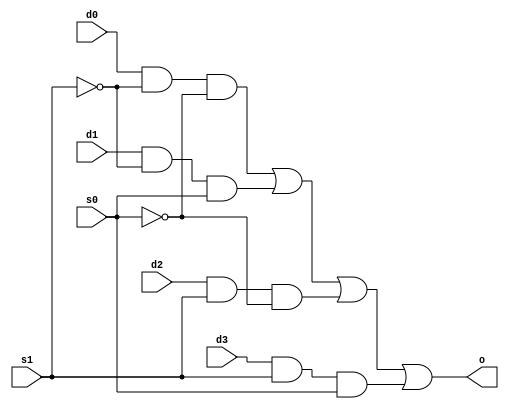
// Edward Prokopik

module MuxMod( s1, s0, d0, d1, d2, d3, o);
    input s1, s0, d0, d1, d2, d3;
    output o;

    wire s1_inv, s0_inv, and0, and1, and2, and3;

    not(s1_inv, s1);
    not(s0_inv, s0);
    and(and0, d0, s1_inv, s0_inv);
    and(and1, d1, s1_inv, s0);
    and(and2, d2, s1, s0_inv);
    and(and3, d3, s1, s0);
    or(o, and0, and1, and2, and3);

endmodule

module TestMod;

   reg s1, s0, d0, d1, d2, d3;       
   wire o;                          

   MuxMod mux_n_mod (s1, s0, d0, d1, d2, d3, o); 

   initial begin
      $monitor("%0d\t%b\t%b\t%b\t%b\t%b\t%b\t%b", $time, s1, s0, d0, d1, d2, d3, o);
      $display("Time\ts1\ts0\td0\td1\td1\td1\to");
      $display("-----------------------------------------------------------------");
   end

   initial begin
      s1 = 0; s0 = 0; d0 = 0; d1 = 0; d2 = 0; d3 = 0;
      #1;
      s1 = 0; s0 = 0; d0 = 0; d1 = 0; d2 = 0; d3 = 1;
      #1;
      s1 = 0; s0 = 0; d0 = 0; d1 = 0; d2 = 1; d3 = 0;
      #1;
      s1 = 0; s0 = 0; d0 = 0; d1 = 0; d2 = 1; d3 = 1;
      #1;
      s1 = 0; s0 = 0; d0 = 0; d1 = 1; d2 = 0; d3 = 0;
      #1;
      s1 = 0; s0 = 0; d0 = 0; d1 = 1; d2 = 0; d3 = 1;
      #1;
      s1 = 0; s0 = 0; d0 = 0; d1 = 1; d2 = 1; d3 = 0;
      #1;
      s1 = 0; s0 = 0; d0 = 0; d1 = 1; d2 = 1; d3 = 1;
      #1;
      s1 = 0; s0 = 0; d0 = 1; d1 = 0; d2 = 0; d3 = 0;
      #1;
      s1 = 0; s0 = 0; d0 = 1; d1 = 0; d2 = 0; d3 = 1;
      #1;
      s1 = 0; s0 = 0; d0 = 1; d1 = 0; d2 = 1; d3 = 0;
      #1;
      s1 = 0; s0 = 0; d0 = 1; d1 = 0; d2 = 1; d3 = 1;
      #1;
      s1 = 0; s0 = 0; d0 = 1; d1 = 1; d2 = 0; d3 = 0;
      #1;
      s1 = 0; s0 = 0; d0 = 1; d1 = 1; d2 = 0; d3 = 1;
      #1;
      s1 = 0; s0 = 0; d0 = 1; d1 = 1; d2 = 1; d3 = 0;
      #1;
      s1 = 0; s0 = 0; d0 = 1; d1 = 1; d2 = 1; d3 = 1;
      #1;
      s1 = 0; s0 = 1; d0 = 0; d1 = 0; d2 = 0; d3 = 0;
      #1;
      s1 = 0; s0 = 1; d0 = 0; d1 = 0; d2 = 0; d3 = 1;
      #1;
      s1 = 0; s0 = 1; d0 = 0; d1 = 0; d2 = 1; d3 = 0;
      #1;
      s1 = 0; s0 = 1; d0 = 0; d1 = 0; d2 = 1; d3 = 1;
      #1;
      s1 = 0; s0 = 1; d0 = 0; d1 = 1; d2 = 0; d3 = 0;
      #1;
      s1 = 0; s0 = 1; d0 = 0; d1 = 1; d2 = 0; d3 = 1;
      #1;
      s1 = 0; s0 = 1; d0 = 0; d1 = 1; d2 = 1; d3 = 0;
      #1;
      s1 = 0; s0 = 1; d0 = 0; d1 = 1; d2 = 1; d3 = 1;
      #1;
      s1 = 0; s0 = 1; d0 = 1; d1 = 0; d2 = 0; d3 = 0;
      #1;
      s1 = 0; s0 = 1; d0 = 1; d1 = 0; d2 = 0; d3 = 1;
      #1;
      s1 = 0; s0 = 1; d0 = 1; d1 = 0; d2 = 1; d3 = 0;
      #1;
      s1 = 0; s0 = 1; d0 = 1; d1 = 0; d2 = 1; d3 = 1;
      #1;
      s1 = 0; s0 = 1; d0 = 1; d1 = 1; d2 = 0; d3 = 0;
      #1;
      s1 = 0; s0 = 1; d0 = 1; d1 = 1; d2 = 0; d3 = 1;
      #1;
      s1 = 0; s0 = 1; d0 = 1; d1 = 1; d2 = 1; d3 = 0;
      #1;
      s1 = 0; s0 = 1; d0 = 1; d1 = 1; d2 = 1; d3 = 1;
      #1;
      s1 = 1; s0 = 0; d0 = 0; d1 = 0; d2 = 0; d3 = 0;
      #1;
      s1 = 1; s0 = 0; d0 = 0; d1 = 0; d2 = 0; d3 = 1;
      #1;
      s1 = 1; s0 = 0; d0 = 0; d1 = 0; d2 = 1; d3 = 0;
      #1;
      s1 = 1; s0 = 0; d0 = 0; d1 = 0; d2 = 1; d3 = 1;
      #1;
      s1 = 1; s0 = 0; d0 = 0; d1 = 1; d2 = 0; d3 = 0;
      #1;
      s1 = 1; s0 = 0; d0 = 0; d1 = 1; d2 = 0; d3 = 1;
      #1;
      s1 = 1; s0 = 0; d0 = 0; d1 = 1; d2 = 1; d3 = 0;
      #1;
      s1 = 1; s0 = 0; d0 = 0; d1 = 1; d2 = 1; d3 = 1;
      #1;
      s1 = 1; s0 = 0; d0 = 1; d1 = 0; d2 = 0; d3 = 0;
      #1;
      s1 = 1; s0 = 0; d0 = 1; d1 = 0; d2 = 0; d3 = 1;
      #1;
      s1 = 1; s0 = 0; d0 = 1; d1 = 0; d2 = 1; d3 = 0;
      #1;
      s1 = 1; s0 = 0; d0 = 1; d1 = 0; d2 = 1; d3 = 1;
      #1;
      s1 = 1; s0 = 0; d0 = 1; d1 = 1; d2 = 0; d3 = 0;
      #1;
      s1 = 1; s0 = 0; d0 = 1; d1 = 1; d2 = 0; d3 = 1;
      #1;
      s1 = 1; s0 = 0; d0 = 1; d1 = 1; d2 = 1; d3 = 0;
      #1;
      s1 = 1; s0 = 0; d0 = 1; d1 = 1; d2 = 1; d3 = 1;
      #1;
      s1 = 1; s0 = 1; d0 = 0; d1 = 0; d2 = 0; d3 = 0;
      #1;
      s1 = 1; s0 = 1; d0 = 0; d1 = 0; d2 = 0; d3 = 1;
      #1;
      s1 = 1; s0 = 1; d0 = 0; d1 = 0; d2 = 1; d3 = 0;
      #1;
      s1 = 1; s0 = 1; d0 = 0; d1 = 0; d2 = 1; d3 = 1;
      #1;
      s1 = 1; s0 = 1; d0 = 0; d1 = 1; d2 = 0; d3 = 0;
      #1;
      s1 = 1; s0 = 1; d0 = 0; d1 = 1; d2 = 0; d3 = 1;
      #1;
      s1 = 1; s0 = 1; d0 = 0; d1 = 1; d2 = 1; d3 = 0;
      #1;
      s1 = 1; s0 = 1; d0 = 0; d1 = 1; d2 = 1; d3 = 1;
      #1;
      s1 = 1; s0 = 1; d0 = 1; d1 = 0; d2 = 0; d3 = 0;
      #1;
      s1 = 1; s0 = 1; d0 = 1; d1 = 0; d2 = 0; d3 = 1;
      #1;
      s1 = 1; s0 = 1; d0 = 1; d1 = 0; d2 = 1; d3 = 0;
      #1;
      s1 = 1; s0 = 1; d0 = 1; d1 = 0; d2 = 1; d3 = 1;
      #1;
      s1 = 1; s0 = 1; d0 = 1; d1 = 1; d2 = 0; d3 = 0;
      #1;
      s1 = 1; s0 = 1; d0 = 1; d1 = 1; d2 = 0; d3 = 1;
      #1;
      s1 = 1; s0 = 1; d0 = 1; d1 = 1; d2 = 1; d3 = 0;
      #1;
      s1 = 1; s0 = 1; d0 = 1; d1 = 1; d2 = 1; d3 = 1;      
      #1;


   end
endmodule